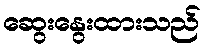
ဆွေးနွေးထားသည်